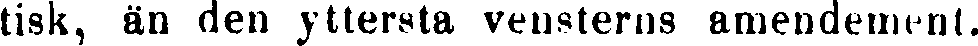
tisk, än den yttersta vensterns amendement.